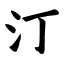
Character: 汀